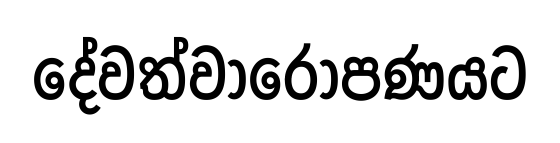
දේවත්වාරෝපණයට